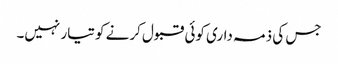
جس کی ذمہ داری کوئی قبول کرنے کو تیار نہیں۔